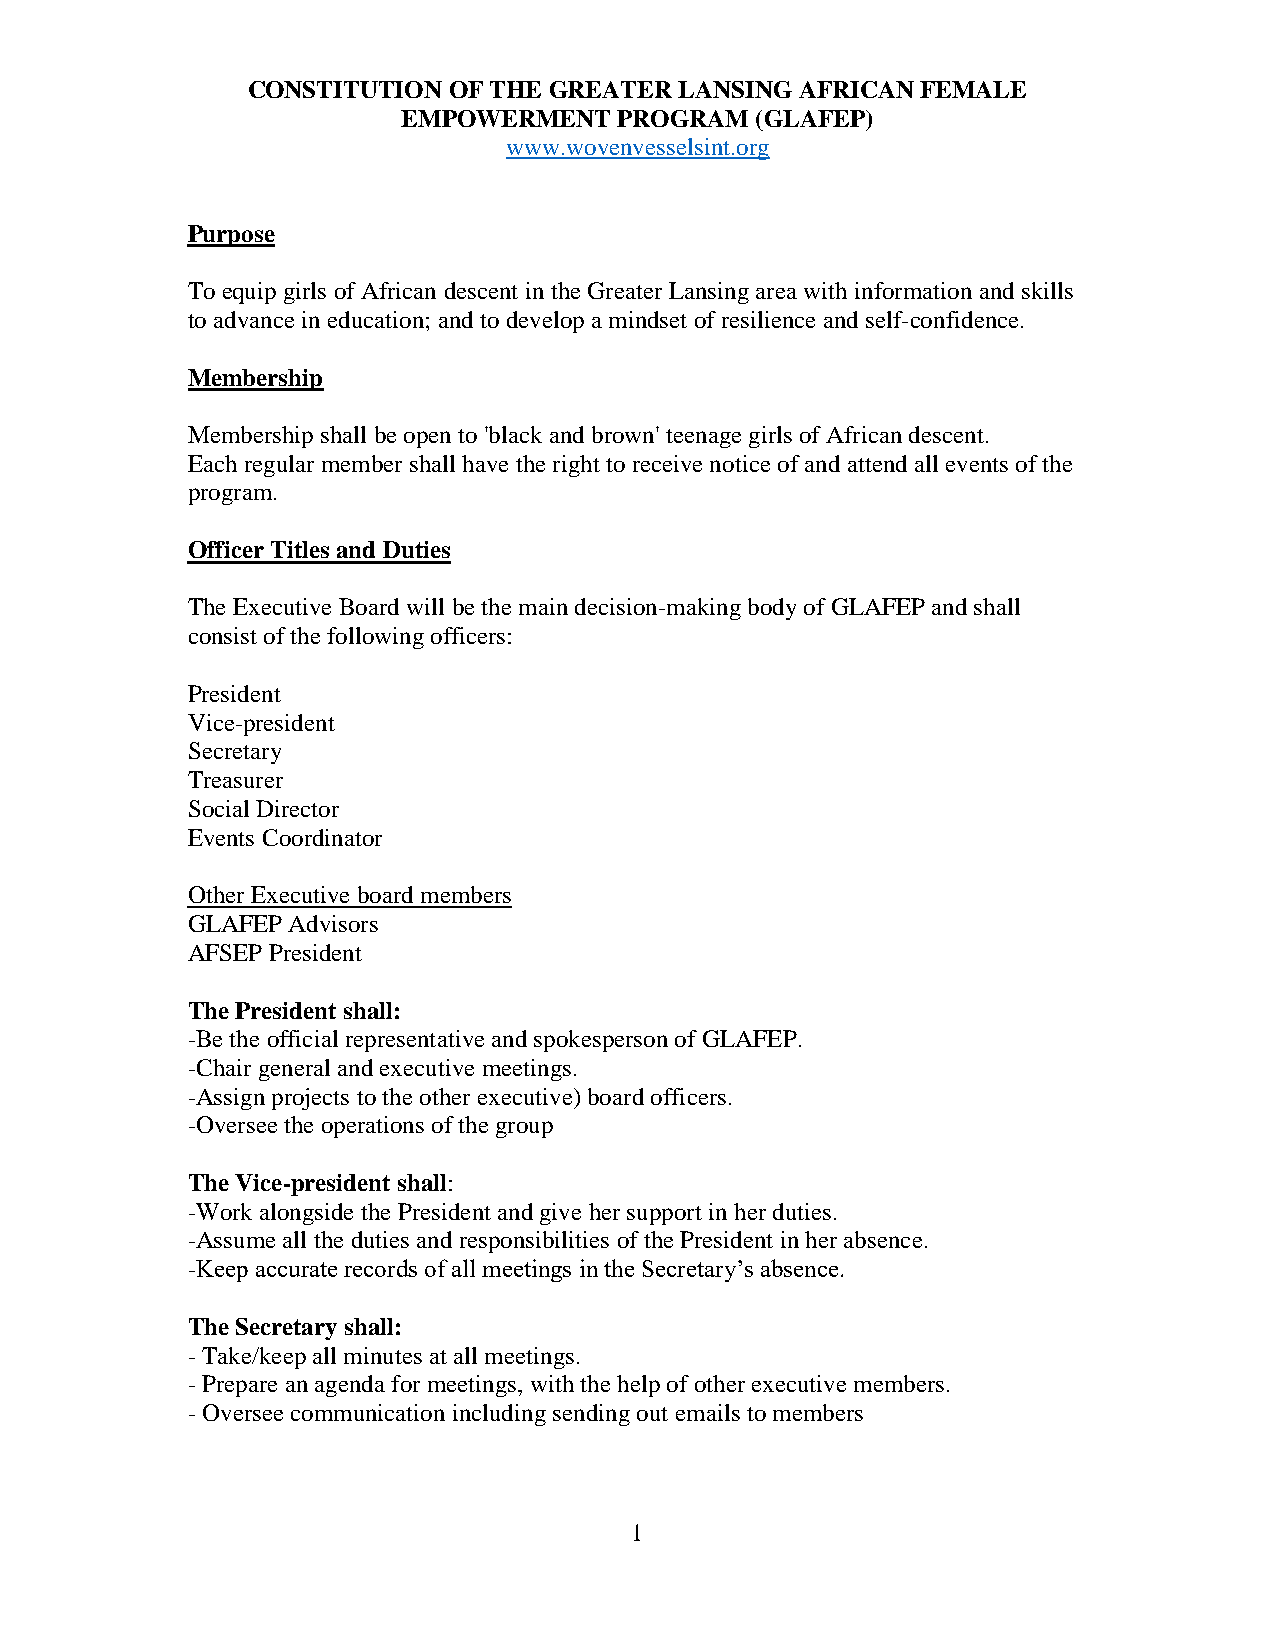
CONSTITUTION  OF THE GREATER LANSING AFRICAN FEMALE
 EMPOWERMENT   PROGRAM  (GLAFEP)
 www.wovenvesselsint.org
 Purpose
 To equip girls of African descent in the Greater Lansing area with information and skills
 to advance in education; and to develop a mindset of resilience and self-confidence.
 Membership
 Membership shall be open to 'black and brown' teenage girls of African descent.
 Each regular member shall have the right to receive notice of and attend all events of the
 program.
 Officer Titles and Duties
 The Executive Board will be the main decision-making body of GLAFEP and shall
 consist of the following officers:
 President
 Vice-president
 Secretary
 Treasurer
 Social Director
 Events Coordinator
 Other Executive board members
 GLAFEP Advisors
 AFSEP President
 The President shall:
 -Be the official representative and spokesperson of GLAFEP.
 -Chair general and executive meetings.
 -Assign projects to the other executive) board officers.
 -Oversee the operations of the group
 The Vice-president shall:
 -Work alongside the President and give her support in her duties.
 -Assume all the duties and responsibilities of the President in her absence.
 -Keep accurate records of all meetings in the Secretary’s absence.
 The Secretary shall:
 - Take/keep all minutes at all meetings.
 - Prepare an agenda for meetings, with the help of other executive members.
 - Oversee communication including sending out emails to members
 1